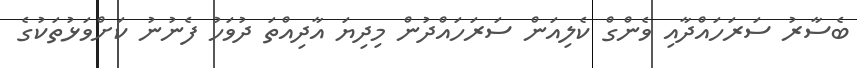
ބެސާރު ސަރަހައްދާއި ވެންގް ކެލިއަން ސަރަހައްދުން މިދިޔަ އާދިއްތަ ދުވަހު ފެނުނު ކަށްވަޅުތަކުގެ